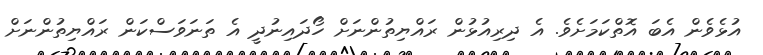
އުޅެވެން އެބަ އޮތްކަމަށެވެ. އެ ދިރިއުޅުން ރައްޔިތުންނަށް ހޯދައިނުދީ އެ ތަނަވަސްކަން ރައްޔިތުންނަށް